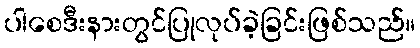
ပါစေဒီးနားတွင်ပြုလုပ်ခဲ့ခြင်းဖြစ်သည်။